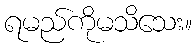
ရမည်ကိုမသိသေး။